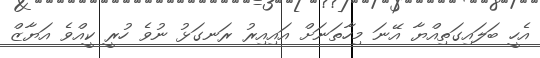
އެހީ ބަލައިގަތިއްޔާ އޭނަ މިހާތަނަށް އައިއިރު ރަނގަޅު ނުވެ ހުރީ ކީއްވެ އަޔާޒް